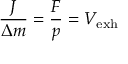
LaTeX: { \frac { J } { \Delta m } } = { \frac { F } { p } } = V _ { \mathrm { { e x h } } }